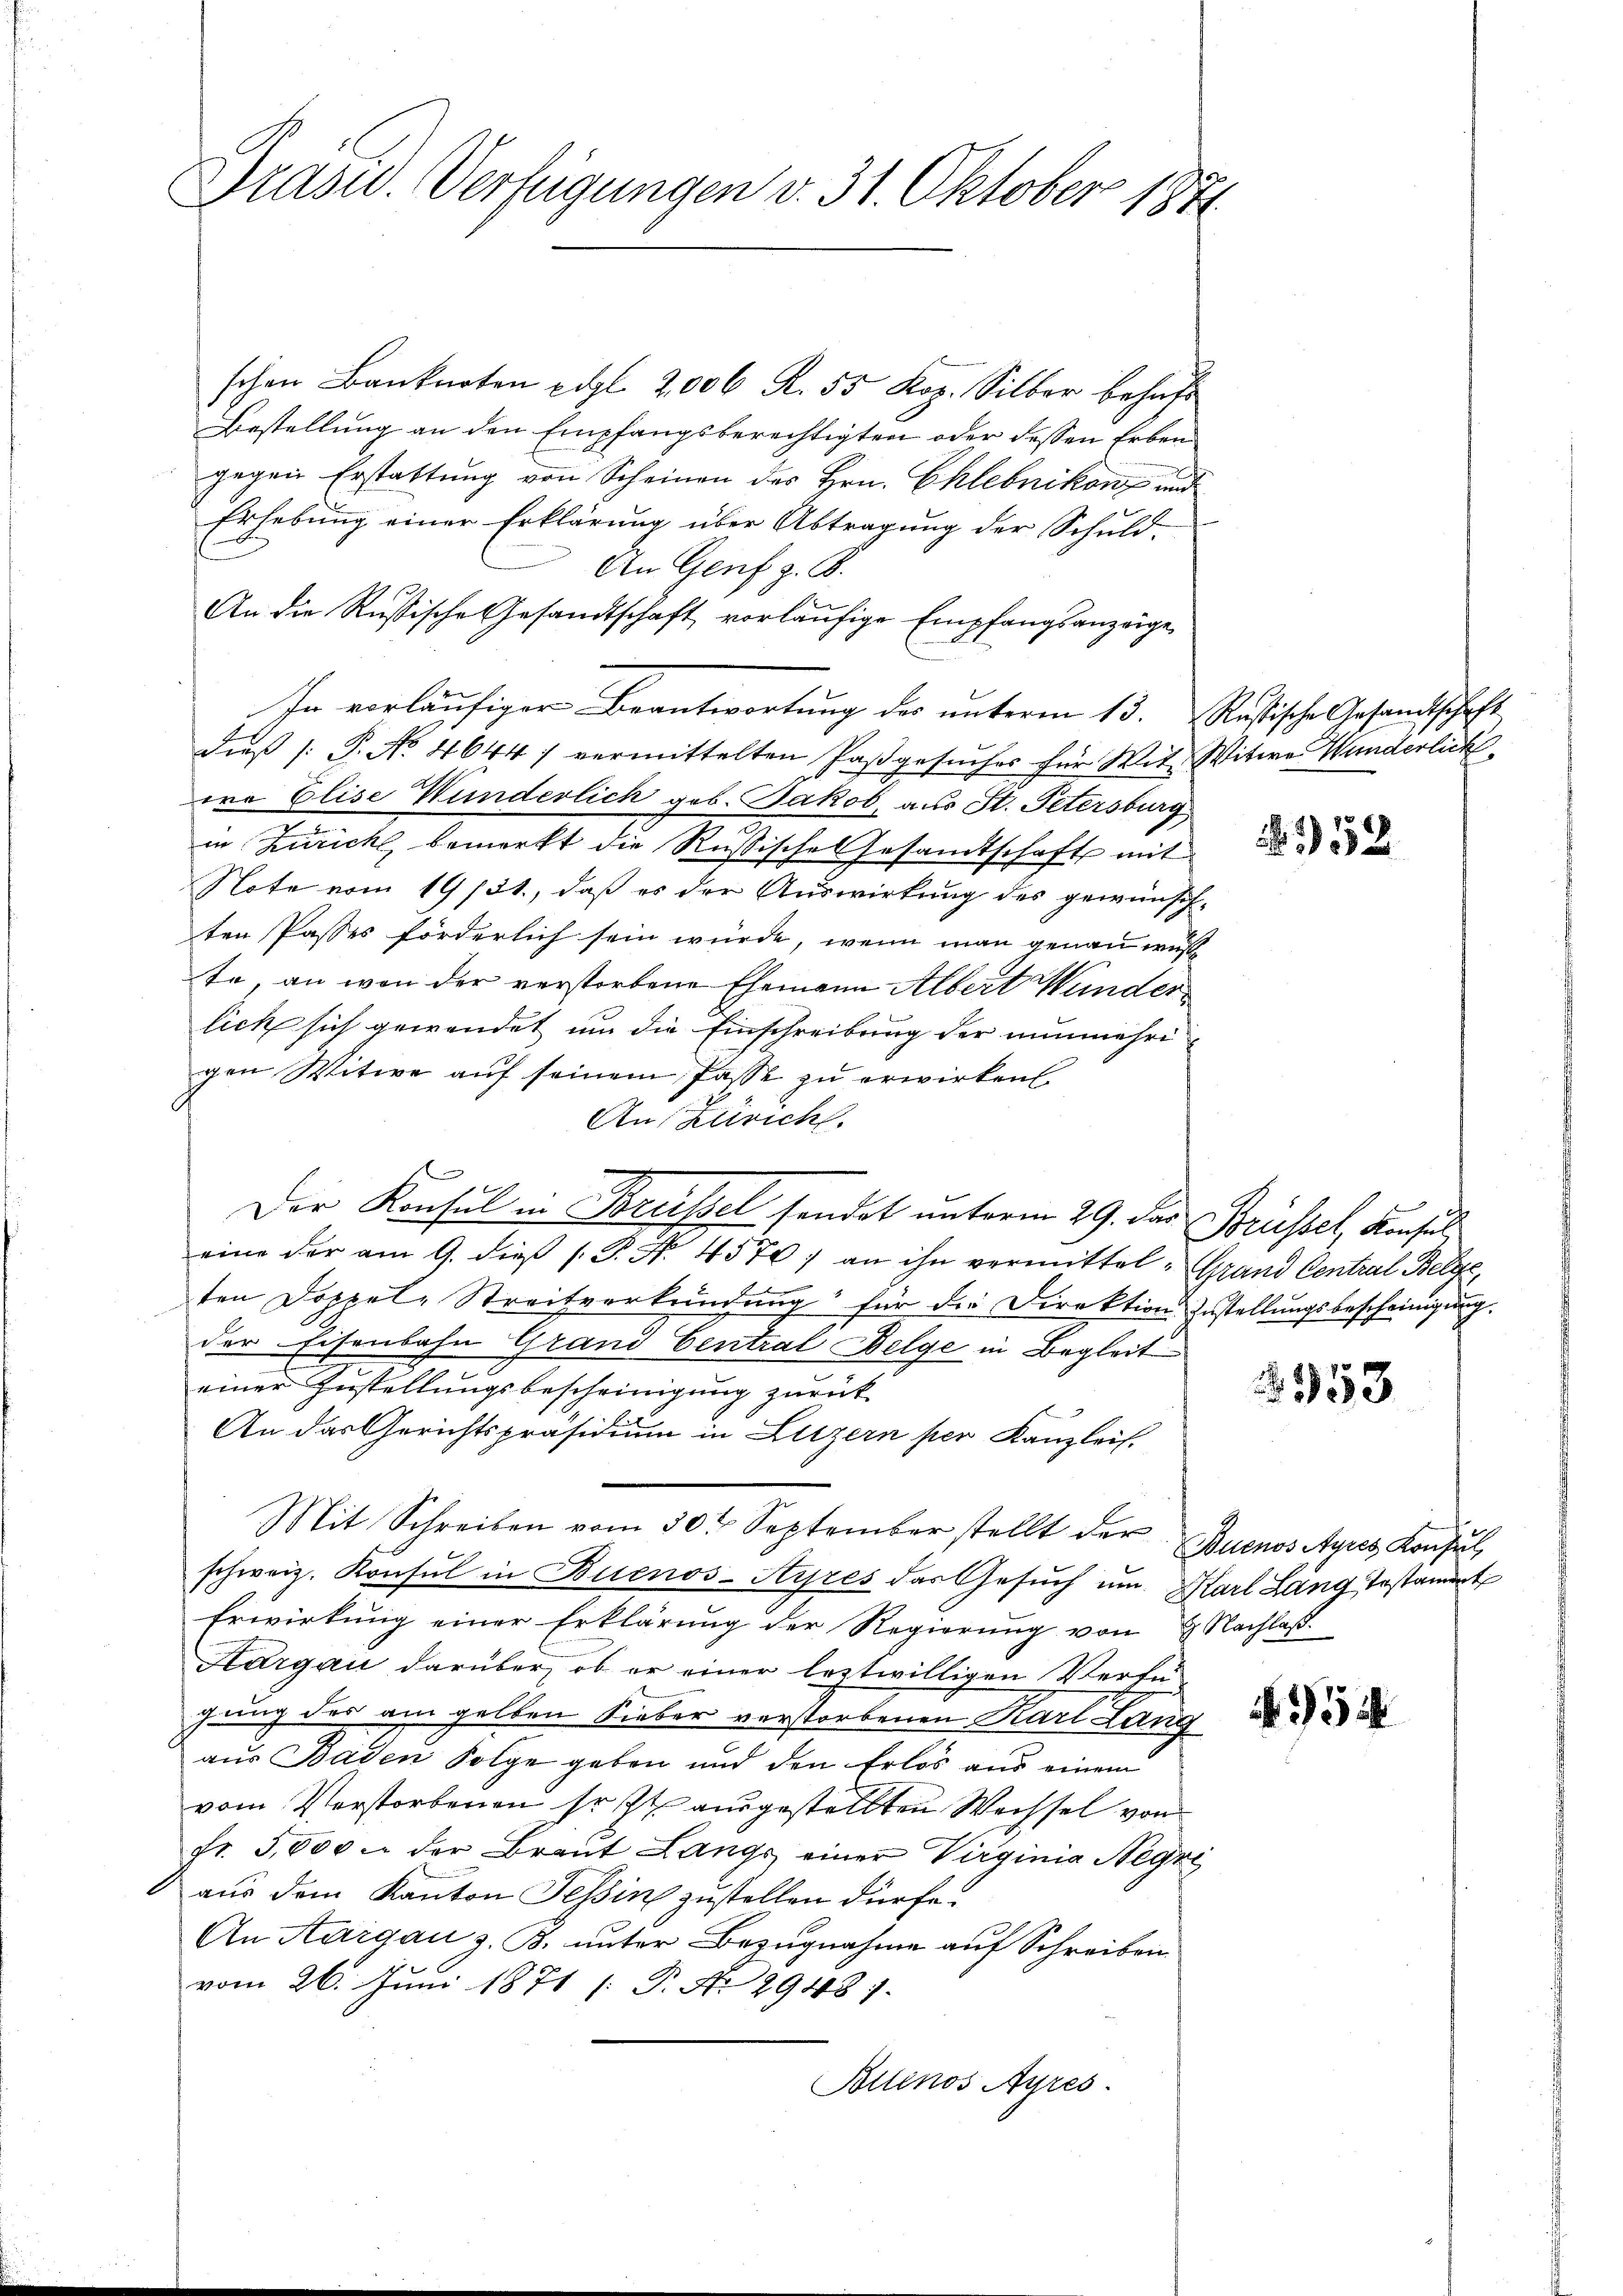
Drasw. Verfügungen v. 31. Oktober 1871

schon Banknoten edgl. 2,000 R. 55 Kop. Silber behaft
Bestellung an den Empfangsberechtigten oder dessen Erben
gegen Erstattung von Scheinen des Hrn. Chlebnikon und
Erhebung einer Erklärung über Abtragung der Schuld-
An Genf z. B.
An die Russische Gesandtschaft vorläufige Empfangsanzeige
In vorläufiger Beantwortung des unterm 13. Rustische Gesandtschaft
dieβ /: P. No. 4644) vermittelten Paβgesŭcher für Wit Witwe Wunderlich
wa Elise Wunderlich geb. Jakob, aus St. Petersburg
in Zürich, bemerkt die Russisches Gesamtschaft mit
Note vom 19/31., daß es der Auswirkung des gewünschten Passes förderlich sein würde, wenn man genau wuß
te, an von der verstorbene Ehemann Albert Wunder
lick sich gewendet um die Einschreibung der nunmehri
gen Witwe auf seinem Pässe zu erwirken
Aus Zürich.
Der Konsul in Brüssel sendet unterm 29. Der Brüssel, Konsul
eine der am 9. dieß P. Nr. 4570) an ihn vermittel-Grand Central Belge,
ten Doppele Streitverkündung für die Direktion Zustellungsbescheinigung.
der Eisenbahn Grand Central Belge in Begleit
einer Zustellungsbescheinigung zurück-
An das Gerichtspräsidium in Luzern per Kanzleis.
Mit Schreiben vom 30t September stellt der Buenos Ayres Konsul,
schweiz. Konsul in Buenos-Ayres das Gesŭch um Karl Lang Testament
Erwirkung einer Erklärung der Regierŭng von 2 Nachlaß
Aargau darüber, ob er einer leztwilligen Verfü-
gung des am gelben Sieber verstorbenen Karl Lang
aus Baden Folge geben und den Erlos aus einem
vom Verstorbenen so ist ausgestellten Wechsel von
fr. 5,000 u. der Braut Langs einer Virginia Negri
aus dem Kanton Tessin zustellen dürfe?
An Aargau z. B. unter Bezugnahme auf Schreiben
vom 26. Juni 1871 /: P. No 29481.
Bollinos Ayres.

52

2953

54